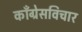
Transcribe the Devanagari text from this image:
काँग्रेसविचार